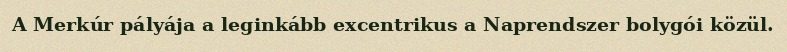
A Merkúr pályája a leginkább excentrikus a Naprendszer bolygói közül.